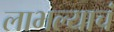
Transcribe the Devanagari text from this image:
लाभल्याचं